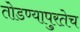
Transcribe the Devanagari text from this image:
तोडण्यापुरतेच